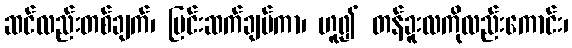
ဆင်လည်းတစ်ချက်၊ မြင်းဆက်ချပ်ကာ၊ ဟူ၍ တန်ခူးလကိုလည်းကောင်း၊